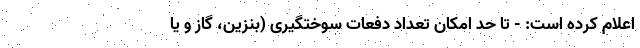
اعلام کرده است: - تا حد امکان تعداد دفعات سوختگیری (بنزین، گاز و یا